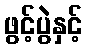
ဖွင့်ပွဲနှင့်